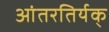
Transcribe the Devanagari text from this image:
आंतरतिर्यक्‌